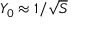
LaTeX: Y _ { 0 } \approx 1 / { \sqrt { S } }